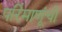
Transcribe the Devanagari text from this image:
परिंमाणूंची